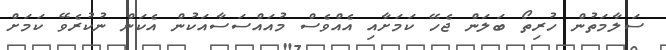
ސަލާމަތުން ހުރިތޯ ބަލަން ޖެހޭ ކަމަށާއި އެއްވެސް މުއައްސަސާއަކުން އެކަން ނުކުރެވޭ ކަމަށް